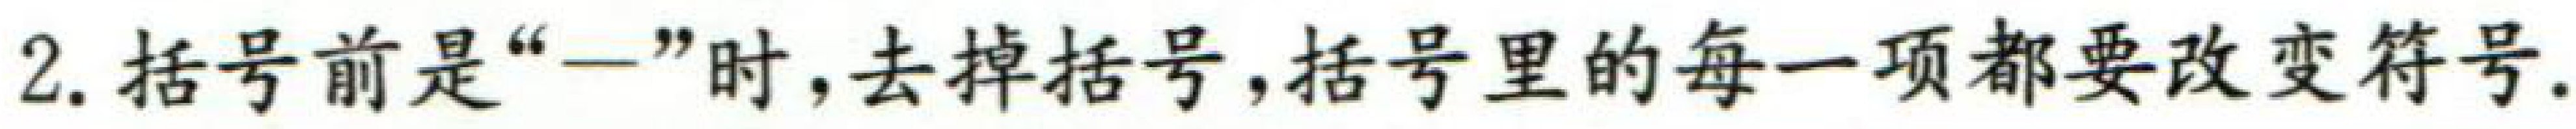
2. 括号前是“$-$”时，去掉括号，括号里的每一项都要改变符号.